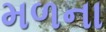
મળના